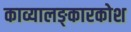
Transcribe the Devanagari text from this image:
काव्यालङ्कारकोश